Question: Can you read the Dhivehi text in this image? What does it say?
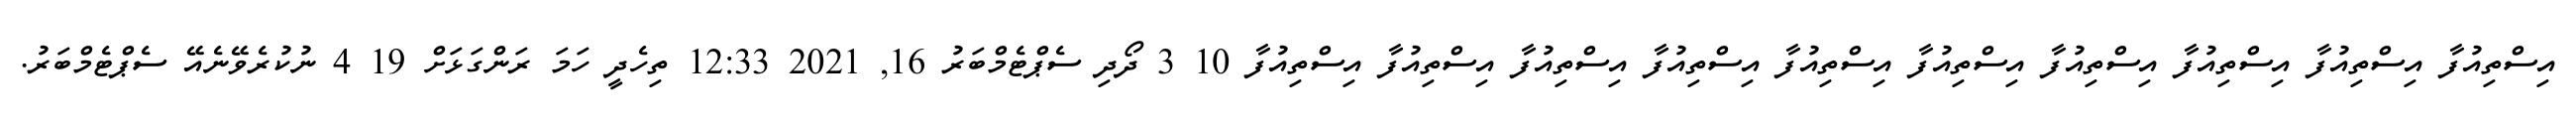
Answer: އިސްތިއުފާ އިސްތިއުފާ އިސްތިއުފާ އިސްތިއުފާ އިސްތިއުފާ އިސްތިއުފާ އިސްތިއުފާ އިސްތިއުފާ އިސްތިއުފާ އިސްތިއުފާ 10 3 ދޯދި ސެޕްޓެމްބަރު 16, 2021 12:33 ތިހެދީ ހަމަ ރަންގަޅަށް 19 4 ނުކުރެވޭނެއޭ ސެޕްޓެމްބަރު.